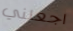
اجعلني